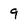
Character: 9